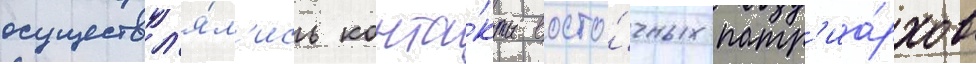
осуществл'я́л'ись конта́кты восто́чных патр'иа́рхов